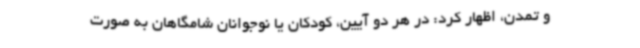
و تمدن، اظهار کرد: در هر دو آیین، کودکان یا نوجوانان شامگاهان به صورت